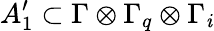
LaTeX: A_{1}^{\prime}\subset\Gamma\otimes\Gamma_{q}\otimes\Gamma_{\mathit{i}}